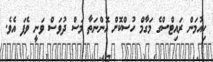
ހިއުމަން ރައިޓްސްގެ މަގާމް ހުސްކޮށް އޮންނަތާ މަސް ދުވަސް ވަނީ ވެފަ އެވެ.